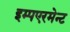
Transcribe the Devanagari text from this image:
इम्पएरमेन्ट